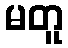
မတူ